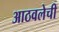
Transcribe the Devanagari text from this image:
आठवलेची